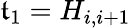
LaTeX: \mathfrak{t}_{1}=H_{i,i+1}